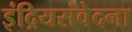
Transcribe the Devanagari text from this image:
इंद्रियसंवेदना